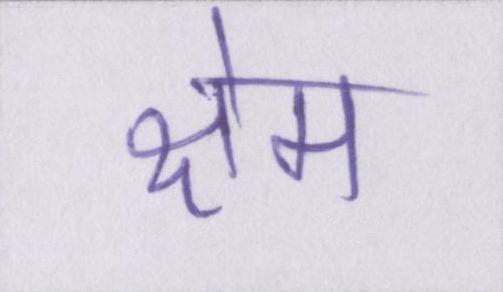
क्षेम